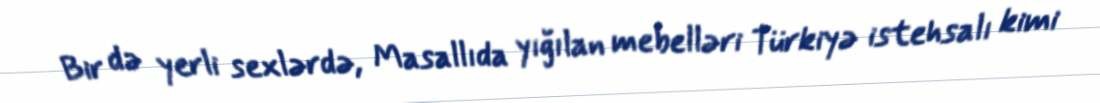
Bir də yerli sexlərdə, Masallıda yığılan mebelləri Türkiyə istehsalı kimi